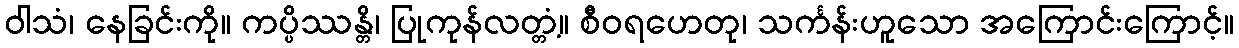
ဝါသံ၊ နေခြင်းကို။ ကပ္ပိဿန္တိ၊ ပြုကုန်လတ္တံ့။ စီဝရဟေတု၊ သင်္ကန်းဟူသော အကြောင်းကြောင့်။